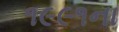
૧૯૯૧ના